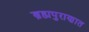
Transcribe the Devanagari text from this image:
ब्रह्मपुराणात